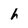
Character: h